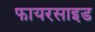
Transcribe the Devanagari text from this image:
फायरसाइड